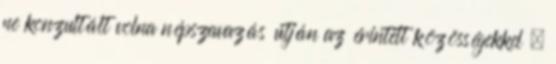
ne konzultált volna népszavazás útján az érintett közösségekkel –